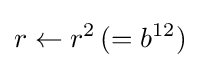
r\leftarrow r^{2}\,(=b^{12})